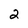
Character: 2